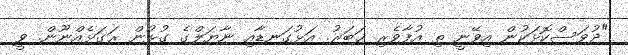
"ދުވަސްކޮޅަކުން އިވޭނީ ތި އުފާވެރި ޚަބަރު. އަޅުގަނޑާއި ނާޔަލްގެ ގުޅުން ރަގަޅެއްނޫން. ވީ